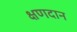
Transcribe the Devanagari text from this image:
क्षणदान